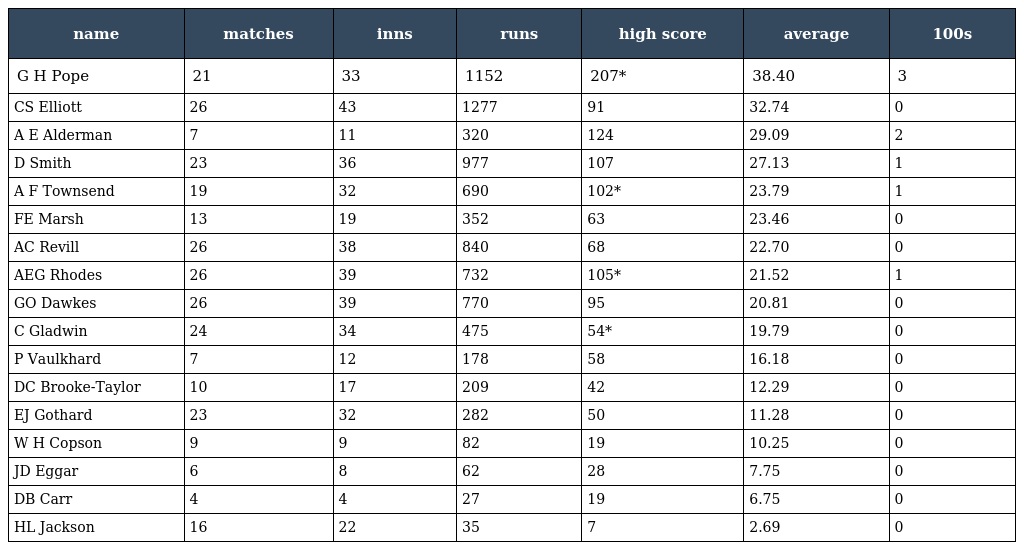
| name | matches | inns | runs | high score | average | 100s |
 | --- | --- | --- | --- | --- | --- | --- |
 | G H Pope | 21 | 33 | 1152 | 207* | 38.40 | 3 |
 | CS Elliott | 26 | 43 | 1277 | 91 | 32.74 | 0 |
 | A E Alderman | 7 | 11 | 320 | 124 | 29.09 | 2 |
 | D Smith | 23 | 36 | 977 | 107 | 27.13 | 1 |
 | A F Townsend | 19 | 32 | 690 | 102* | 23.79 | 1 |
 | FE Marsh | 13 | 19 | 352 | 63 | 23.46 | 0 |
 | AC Revill | 26 | 38 | 840 | 68 | 22.70 | 0 |
 | AEG Rhodes | 26 | 39 | 732 | 105* | 21.52 | 1 |
 | GO Dawkes | 26 | 39 | 770 | 95 | 20.81 | 0 |
 | C Gladwin | 24 | 34 | 475 | 54* | 19.79 | 0 |
 | P Vaulkhard | 7 | 12 | 178 | 58 | 16.18 | 0 |
 | DC Brooke-Taylor | 10 | 17 | 209 | 42 | 12.29 | 0 |
 | EJ Gothard | 23 | 32 | 282 | 50 | 11.28 | 0 |
 | W H Copson | 9 | 9 | 82 | 19 | 10.25 | 0 |
 | JD Eggar | 6 | 8 | 62 | 28 | 7.75 | 0 |
 | DB Carr | 4 | 4 | 27 | 19 | 6.75 | 0 |
 | HL Jackson | 16 | 22 | 35 | 7 | 2.69 | 0 |